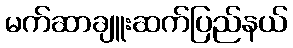
မက်ဆာချူးဆက်ပြည်နယ်